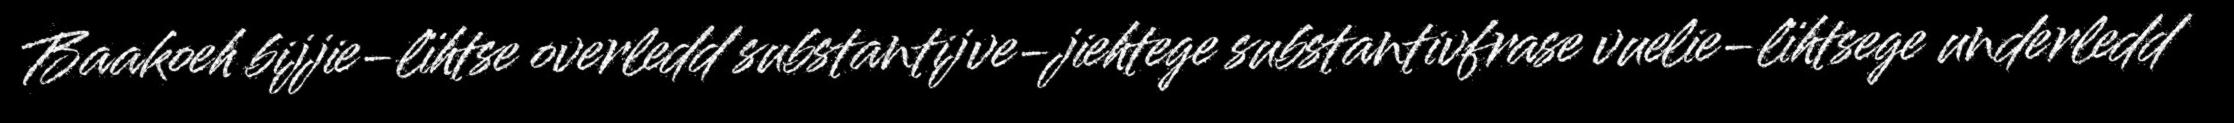
Baakoeh bijjie-lïhtse overledd substantijve-jiehtege substantivfrase vuelie-lïhtsege underledd